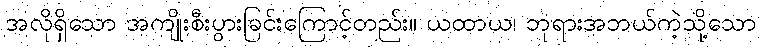
အလိုရှိသော အကျိုးစီးပွားခြင်းကြောင့်တည်း။ ယထာယ၊ ဘုရားအဘယ်ကဲ့သို့သော